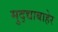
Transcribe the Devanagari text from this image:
मुद्द्याबाहेर